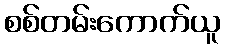
စစ်တမ်းကောက်ယူ